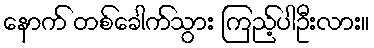
နောက် တစ်ခေါက်သွား ကြည့်ပါဦးလား။